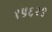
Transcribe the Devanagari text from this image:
१५६२९